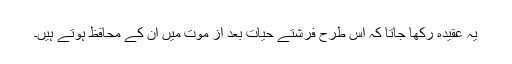
یہ عقیدہ رکھا جاتا کہ اس طرح فرشتے حیات بعد از موت میں ان کے محافظ ہوتے ہیں۔